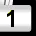
Digit: 1